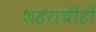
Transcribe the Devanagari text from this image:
शहराचीही